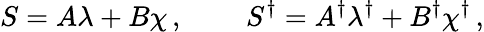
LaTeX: S=A\lambda+B\chi\, ,\qquad\, S^{\dagger}=A^{\dagger}\lambda^{\dagger}+B^{\dagger}\chi^{\dagger}\, ,